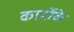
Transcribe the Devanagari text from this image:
कार्योके